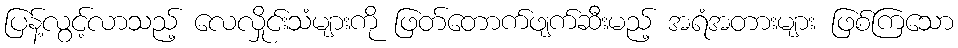
ပြန့်လွင့်လာသည့် လေလှိုင်းသံများကို ဖြတ်တောက်ဖျက်ဆီးမည့် အရံအတားများ ဖြစ်ကြသော